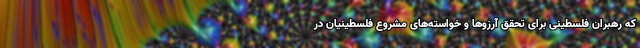
که رهبران فلسطینی برای تحقق آرزوها و خواسته‌های مشروع فلسطینیان در